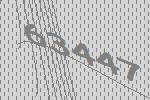
63447